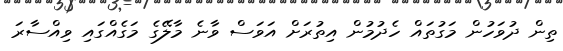
ތިން ދުވަހުން މަގުތައް ހެދުމުން އިތުރަށް އަވަސް ވާނެ މާލޭގެ މަގެއްގައި ވިއްސާރަ